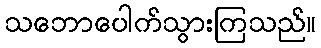
သဘောပေါက်သွားကြသည်။